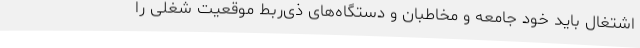
اشتغال باید خود جامعه و مخاطبان و دستگاه‌های ذی‌ربط موقعیت شغلی را